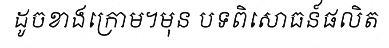
ដូចខាងក្រោម។មុន បទពិសោធន៍ផលិត